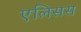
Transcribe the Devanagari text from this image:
एलिसस